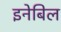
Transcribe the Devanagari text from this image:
इनेबिल